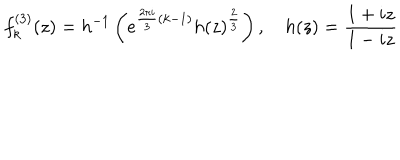
LaTeX: f _ { k } ^ { ( 3 ) } ( z ) = h ^ { - 1 } \left( e ^ { \frac { 2 \pi i } { 3 } ( k - 1 ) } h ( z ) ^ { \frac { 2 } { 3 } } \right) , \quad h ( z ) = \frac { 1 + i z } { 1 - i z }